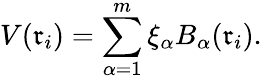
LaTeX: V(\mathfrak{r}_{i})=\sum_{\alpha=1}^{m}\xi_{\alpha}B_{\alpha}(\mathfrak{r}_{i}).